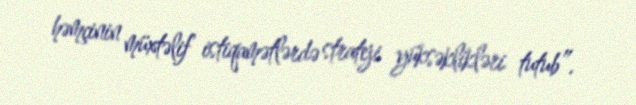
həmçinin müxtəlif istiqamətlərdə strateji yüksəklikləri tutub”.